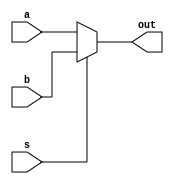
module mux2to1_df2(a, b, s, out);
    input a, b, s;
    output out;
    assign out = s ? b:a;
endmodule